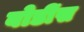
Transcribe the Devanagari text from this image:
बोडींस